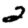
Digit: 2